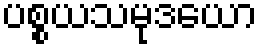
ပစ္စယသမုဒယော